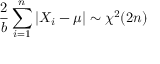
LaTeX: { \frac { \displaystyle 2 } { b } } \sum _ { i = 1 } ^ { n } | X _ { i } - \mu | \sim \chi ^ { 2 } ( 2 n )